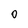
Character: 0